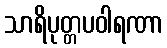
သာရိပုတ္တပဝါရဏာ